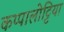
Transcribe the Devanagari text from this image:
कप्पालोट्टिया